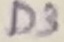
Text: D3